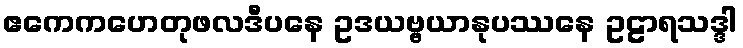
ဧကေကဟေတုဖလဒီပနေ ဥဒယဗ္ဗယာနုပဿနေ ဥဠာရသဒ္ဒါ